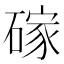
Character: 𪿭